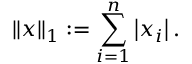
\left\| { \boldsymbol { x } } \right\| _ { 1 } : = \sum _ { i = 1 } ^ { n } \left| x _ { i } \right| .